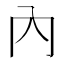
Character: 內